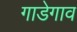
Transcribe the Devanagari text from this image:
गाडेगाव